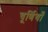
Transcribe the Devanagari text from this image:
चूर्णियाँ